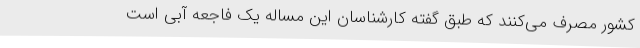
کشور مصرف می‌کنند که طبق گفته کارشناسان این مساله یک فاجعه آبی است